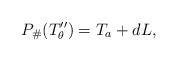
LaTeX: \begin{align*}P_\#(T''_\theta)=T_a+dL,\end{align*}